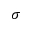
{ \sigma }